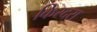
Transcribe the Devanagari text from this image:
किरदरा